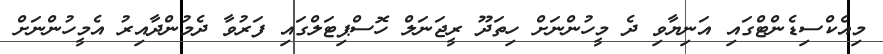
މިއެކްސިޑެންޓްގައި އަނިޔާވި ދެ މީހުންނަށް ހިތަދޫ ރީޖަނަލް ހޮސްޕިޓަލްގައި ފަރުވާ ދެމުންދާއިރު އެމީހުންނަށް